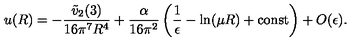
u ( R ) = - \frac { \tilde { v } _ { 2 } ( 3 ) } { 1 6 \pi ^ { 7 } R ^ { 4 } } + \frac { \alpha } { 1 6 \pi ^ { 2 } } \left( \frac { 1 } { \epsilon } - \ln ( \mu R ) + \mathrm { c o n s t } \right) + O ( \epsilon ) .